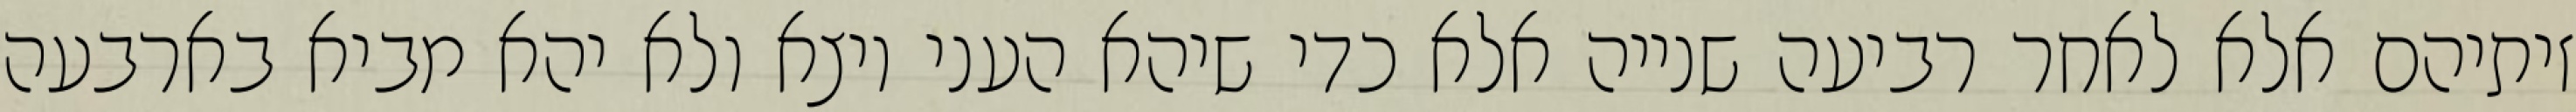
זיתיהם אלא לאחר רביעה שנייה אלא כדי שיהא העני יוצא ולא יהא מביא בארבעה